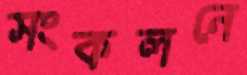
সংকলনে